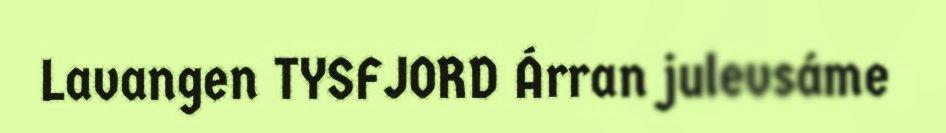
Lavangen TYSFJORD Árran julevsáme